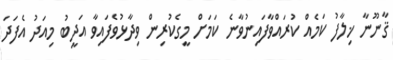
ޤާނޫނާ ޚިލާފު ކަމެއް ކުރައްވާފައިނުވާނެ ކަމަށް މީގެކުރިން ވިދާޅުވެފައިވާ އަދީބު މިއަދު އެފަދަ